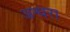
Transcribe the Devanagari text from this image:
अन्धरा